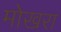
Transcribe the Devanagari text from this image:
मोखरा